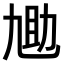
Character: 𫦬